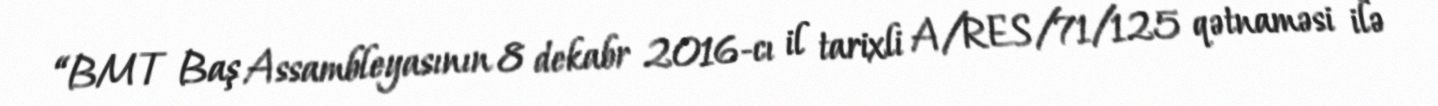
“BMT Baş Assambleyasının 8 dekabr 2016-cı il tarixli A/RES/71/125 qətnaməsi ilə